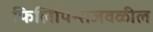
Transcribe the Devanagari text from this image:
फिलिपिन्सजवळील